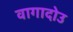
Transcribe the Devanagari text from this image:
वागादोउ